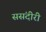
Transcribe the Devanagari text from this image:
ससंदीरी